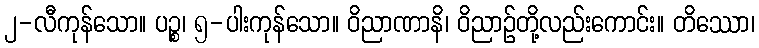
၂-လီကုန်သော။ ပဉ္စ၊ ၅-ပါးကုန်သော။ ဝိညာဏာနိ၊ ဝိညာဉ်တို့လည်းကောင်း။ တိဿော၊